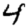
Digit: 4